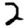
Digit: 2